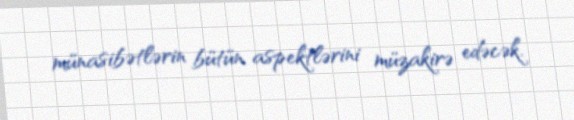
münasibətlərin bütün aspektlərini müzakirə edəcək.